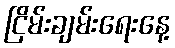
ငြိမ်းချမ်းရေးနေ့